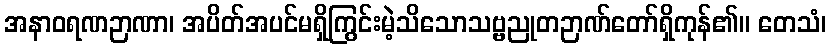
အနာဝရဏဉာဏာ၊ အပိတ်အပင်မရှိကြွင်းမဲ့သိသောသဗ္ဗညုတဉာဏ်တော်ရှိကုန်၏။ တေသံ၊